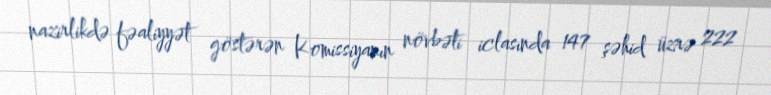
nazirlikdə fəaliyyət göstərən Komissiyanın növbəti iclasında 147 şəhid üzrə 222